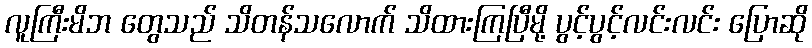
လူကြီးမိဘ တွေသည် သိတန်သလောက် သိထားကြပြီမို့ ပွင့်ပွင့်လင်းလင်း ပြောဆို